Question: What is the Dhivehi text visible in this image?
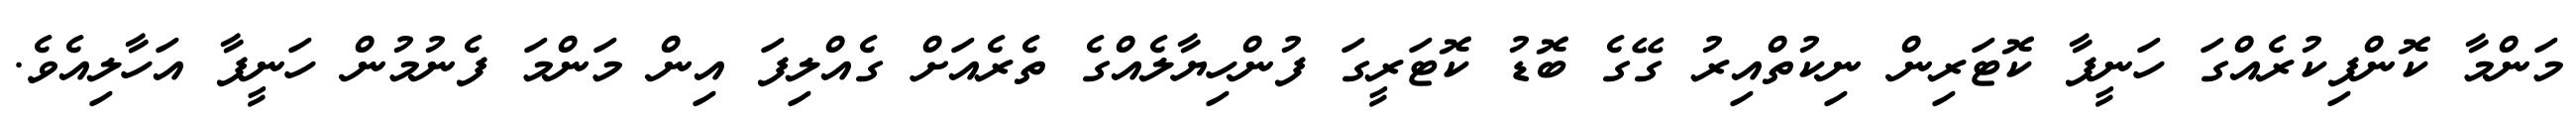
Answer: މަންމާ ކޮންފިކުރެއްގަ ހަނީފާ ކޮޓަރިން ނިކުތްއިރު ގޭގެ ބޮޑު ކޮޓަރީގަ ފުންހިޔާލެއްގެ ތެރެއަށް ގެއްލިފަ އިން މަންމަ ފެނުމުން ހަނީފާ އަހާލިއެވެ.